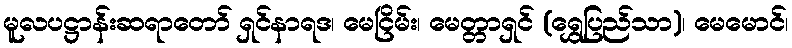
မူလပဋ္ဌာန်းဆရာတော် ရှင်နာရဒ၊ မေငြိမ်း၊ မေတ္တာရှင် (ရွှေပြည်သာ)၊ မေမောင်၊